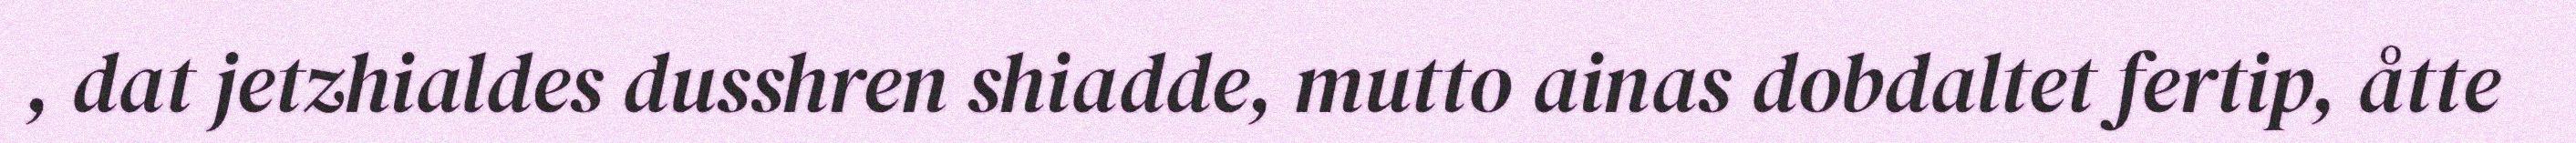
, dat jetzhialdes dusshren shiadde, mutto ainas dobdaltet fertip, åtte